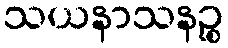
သယနာသနဉ္စ